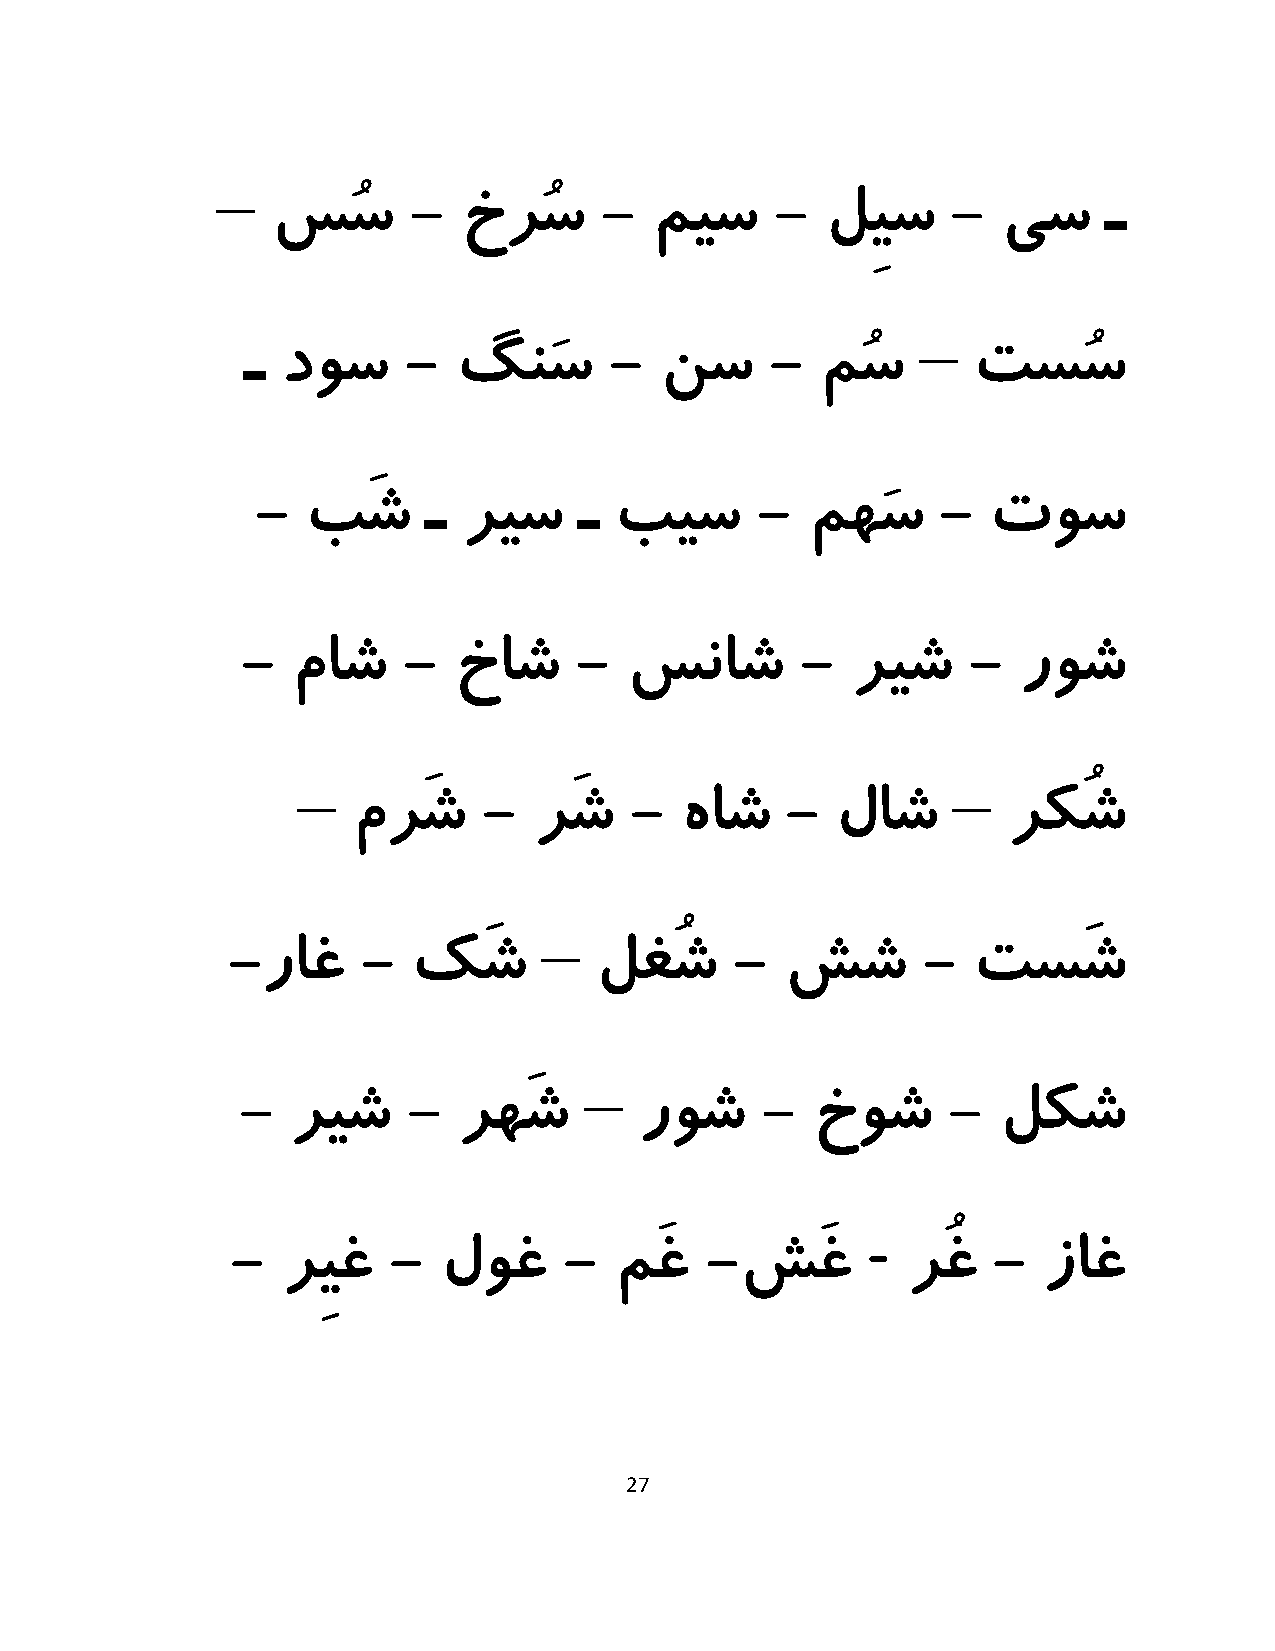
–
 سُس      -   خرُس     -  میس     -   لِیس    -  یس     ـ
 –
 ـ  دوس     -  گنَس      -   نس     -  مُس       تسُس
 -  بَش     ـ  ریس    ـ  بیس      -   مهَس    -  توس
 -  ماش     -  خاش     -   سناش       -  ریش     -   روش
 –                                          –
 مرَش     -  رَش    -  هاش    -  لاش         رکُش
 –
 -راغ     -  کَش         لغُش      -  شش       -  تسَش
 –
 -  ریش     -  رهَش        روش     -   خوش      -  لکش
 -
 -   رِیغ   -  لوغ     -   مَغ   -شَغ         رُغ   -  زاغ
 27